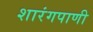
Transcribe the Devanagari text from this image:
शारंगपाणी